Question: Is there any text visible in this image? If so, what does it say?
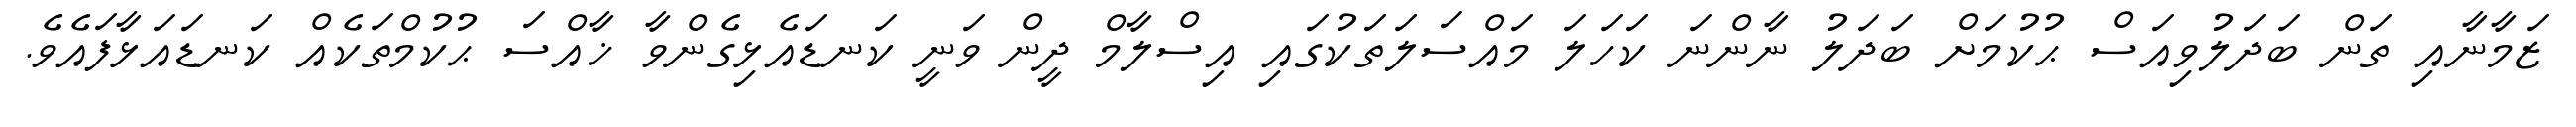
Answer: ޒަމާނާއި ތަން ބަދަލުވިއަސް ޙުކުމަށް ބަދަލު ނާންނަ ކަހަލަ މައްސަލަތަކުގައި އިސްލާމް ދީން ވަނީ ކަނޑައެޅިގެންވާ ޚާއްސަ ޙުކުމްތަކެއް ކަނޑައަޅާފައެވެ.